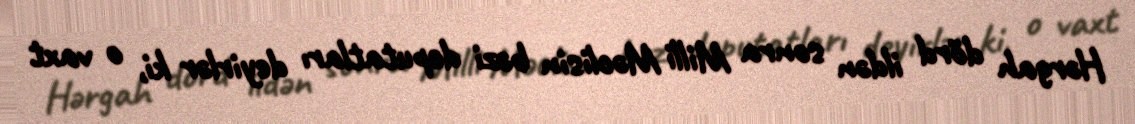
Hərgah dörd ildən sonra Milli Məclisin bəzi deputatları deyirlər ki, o vaxt